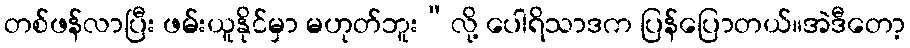
တစ်ဖန်လာပြီး ဖမ်းယူနိုင်မှာ မဟုတ်ဘူး”လို့ ပေါရိသာဒက ပြန်ပြောတယ်။အဲဒီတော့